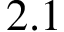
2 . 1